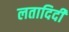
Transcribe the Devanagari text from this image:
लतादिदी